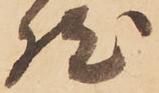
然